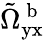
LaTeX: \tilde{\Omega}_{\textup{yx}}^{\mathrm{~b~}}